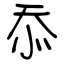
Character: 忝